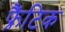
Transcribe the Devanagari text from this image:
फ्रैंटिक